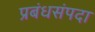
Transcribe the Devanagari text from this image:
प्रबंधसंपदा